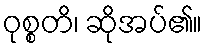
ဝုစ္စတိ၊ ဆိုအပ်၏။